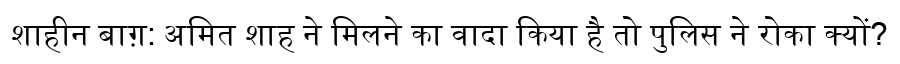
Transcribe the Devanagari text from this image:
शाहीन बाग़: अमित शाह ने मिलने का वादा किया है तो पुलिस ने रोका क्यों?